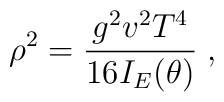
\rho^2 = \frac{g^2 v^2T^4}{16 I_E(\theta)}\;,